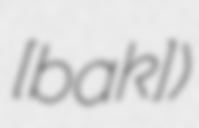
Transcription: [baʁɔk])